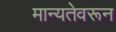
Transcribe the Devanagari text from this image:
मान्यतेवरून